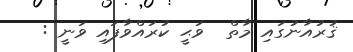
ޤުރުއާނުގައި މާތް  ވަޙީ ކުރައްވާފައި ވަނީ :